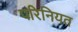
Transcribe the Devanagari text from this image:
परिनियत